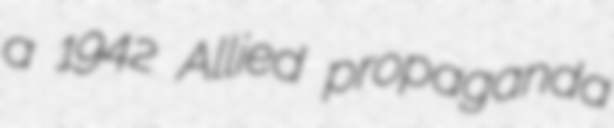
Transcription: a 1942 Allied propaganda